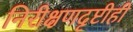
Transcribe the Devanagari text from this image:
निरीक्षणदृष्टीही